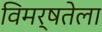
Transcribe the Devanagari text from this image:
विमर्षतेला